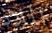
الملاذ